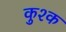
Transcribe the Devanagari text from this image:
कुश्क